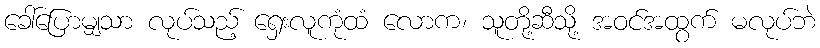
ခေါ်ပြောမျှသာ လုပ်သည့် ရှေးလူကုံထံ လောက၊ သူတို့ဆီသို့ အဝင်အထွက် မလုပ်ဘဲ